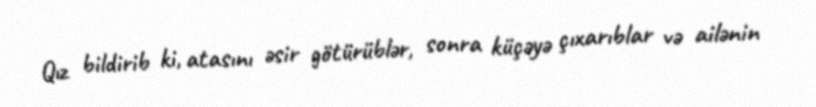
Qız bildirib ki, atasını əsir götürüblər, sonra küçəyə çıxarıblar və ailənin